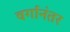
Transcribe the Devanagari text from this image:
वर्गानंतर